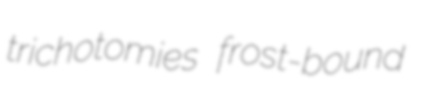
trichotomies frost-bound